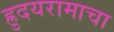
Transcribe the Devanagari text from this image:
ह्रुदयरामाचा